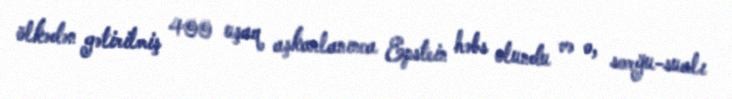
ölkədən gətirilmiş 400 uşaq aşkarlanınca Epstein həbs olundu və o, sorğu-sualı